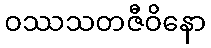
ဝဿသတဇီဝိနော